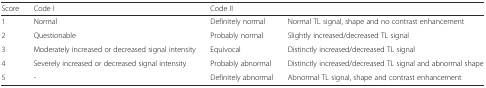
<table><thead><tr><td><b>Score</b></td><td><b>Code I</b></td><td colspan="2"><b>Code II</b></td></tr></thead><tbody><tr><td>1</td><td>Normal</td><td>Definitely normal</td><td>Normal TL signal, shape and no contrast enhancement</td></tr><tr><td>2</td><td>Questionable</td><td>Probably normal</td><td>Slightly increased/decreased TL signal</td></tr><tr><td>3</td><td>Moderately increased or decreased signal intensity</td><td>Equivocal</td><td>Distinctly increased/decreased TL signal</td></tr><tr><td>4</td><td>Severely increased or decreased signal intensity</td><td>Probably abnormal</td><td>Distinctly increased/decreased TL signal and abnormal shape</td></tr><tr><td>5</td><td>-</td><td>Definitely abnormal</td><td>Abnormal TL signal, shape and contrast enhancement</td></tr></tbody></table>